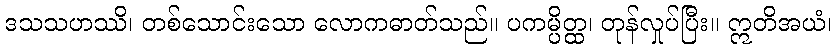
ဒသသဟဿိ၊ တစ်သောင်းသော လောကဓာတ်သည်။ ပကမ္ပိတ္ထ၊ တုန်လှုပ်ပြီး။ ဣတိအယံ၊